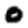
Digit: 0